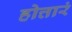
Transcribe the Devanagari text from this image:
होत्तारं